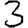
Digit: 3